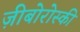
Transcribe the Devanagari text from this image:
ज़ीबोरोस्‍की